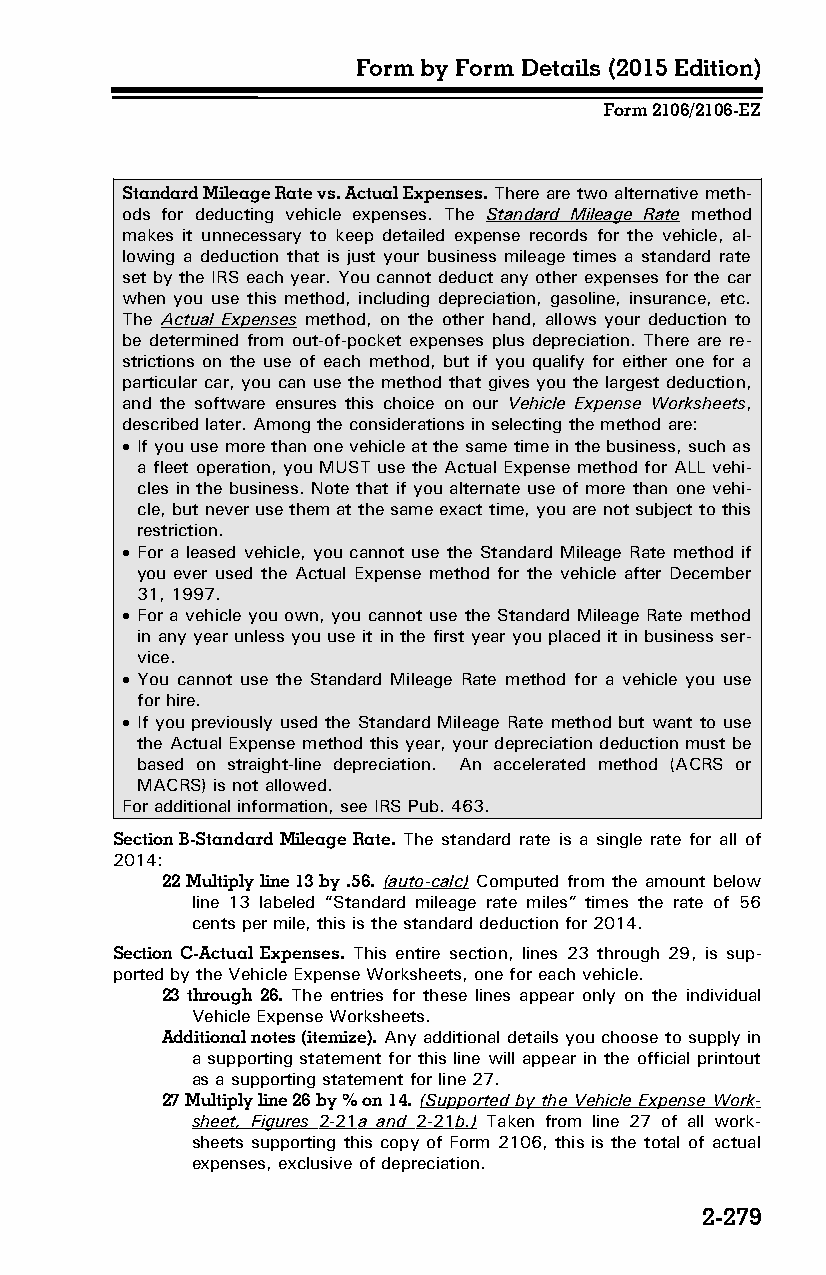
Form by Form Details (2015 Edition)
 Form 2106/2106-EZ
 Standard Mileage Rate vs. Actual Expenses. There are two alternative meth­
 ods for deducting vehicle expenses. The Standard Mileage Rate method
 makes it unnecessary to keep detailed expense records for the vehicle, al­
 lowing a deduction that is just your business mileage times a standard rate
 set by the IRS each year. You cannot deduct any other expenses for the car
 when you use this method, including depreciation, gasoline, insurance, etc.
 The Actual Expenses method, on the other hand, allows your deduction to
 be determined from out-of-pocket expenses plus depreciation. There are re­
 strictions on the use of each method, but if you qualify for either one for a
 particular car, you can use the method that gives you the largest deduction,
 and the software ensures this choice on our Vehicle Expense Worksheets,
 described later. Among the considerations in selecting the method are:
  If you use more than one vehicle at the same time in the business, such as
 a fleet operation, you MUST use the Actual Expense method for ALL vehi­
 cles in the business. Note that if you alternate use of more than one vehi­
 cle, but never use them at the same exact time, you are not subject to this
 restriction.
  For a leased vehicle, you cannot use the Standard Mileage Rate method if
 you ever used the Actual Expense method for the vehicle after December
 31, 1997.
  For a vehicle you own, you cannot use the Standard Mileage Rate method
 in any year unless you use it in the first year you placed it in business ser­
 vice.
  You cannot use the Standard Mileage Rate method for a vehicle you use
 for hire.
  If you previously used the Standard Mileage Rate method but want to use
 the Actual Expense method this year, your depreciation deduction must be
 based on straight-line depreciation. An accelerated method (ACRS or
 MACRS) is not allowed.
 For additional information, see IRS Pub. 463.
 Section B-Standard Mileage Rate. The standard rate is a single rate for all of
 2014:
 22 Multiply line 13 by .56. (auto-calc) Computed from the amount below
 line 13 labeled “Standard mileage rate miles” times the rate of 56
 cents per mile, this is the standard deduction for 2014.
 Section C-Actual Expenses. This entire section, lines 23 through 29, is sup­
 ported by the Vehicle Expense Worksheets, one for each vehicle.
 23 through 26. The entries for these lines appear only on the individual
 Vehicle Expense Worksheets.
 Additional notes (itemize). Any additional details you choose to supply in
 a supporting statement for this line will appear in the official printout
 as a supporting statement for line 27.
 27 Multiply line 26 by % on 14. (Supported by the Vehicle Expense Work­
 sheet, Figures 2-21 a and 2-21 b.) Taken from line 27 of all work­
 sheets supporting this copy of Form 2106, this is the total of actual
 expenses, exclusive of depreciation.
 2-279